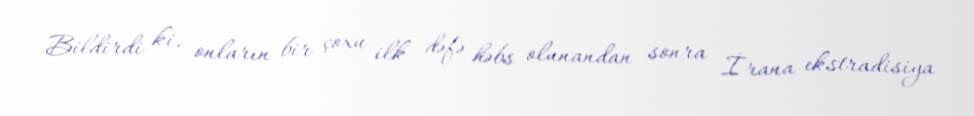
Bildirdi ki, onların bir çoxu ilk dəfə həbs olunandan sonra İrana ekstradisiya